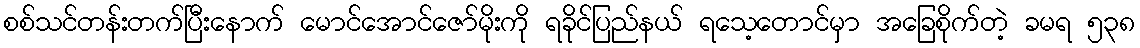
စစ်သင်တန်းတက်ပြီးနောက် မောင်အောင်ဇော်မိုးကို ရခိုင်ပြည်နယ် ရသေ့တောင်မှာ အခြေစိုက်တဲ့ ခမရ ၅၃၈